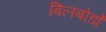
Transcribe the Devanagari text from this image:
बिलबोर्डों